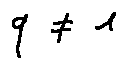
q \neq 1